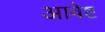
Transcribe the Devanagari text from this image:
आवेष्ट